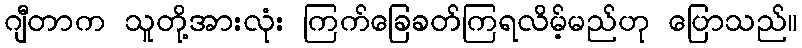
ဂျီတာက သူတို့အားလုံး ကြက်ခြေခတ်ကြရလိမ့်မည်ဟု ပြောသည်။